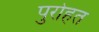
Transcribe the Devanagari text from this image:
पुरोहत